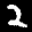
Label: 2